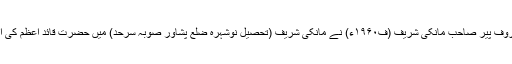
اس سے قبل جب ۲۴؍نومبر ۱۹۴۵ء کو حضرت پیر امین الحسنات المعروف پیر صاحب مانکی شریف (ف۱۹۶۰ء) نے مانکی شریف (تحصیل نوشہرہ ضلع پشاور صوبہ سرحد) میں حضرت قائدِ اعظم کی ایک شاندار دعوت کی تو ایک عدیم المثالی جلسۂ عام کا انعقاد بھی کیا۔